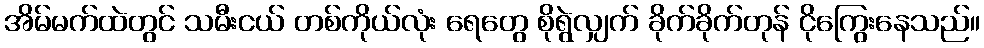
အိမ်မက်ထဲတွင် သမီးငယ် တစ်ကိုယ်လုံး ရေတွေ စိုရွဲလျှက် ခိုက်ခိုက်တုန် ငိုကြွေးနေသည်။